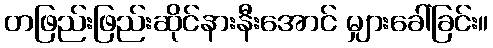
တဖြည်းဖြည်းဆိုင်နားနီးအောင် မျှားခေါ်ခြင်း။